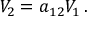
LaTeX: V _ { 2 } = a _ { 1 2 } V _ { 1 } \, .